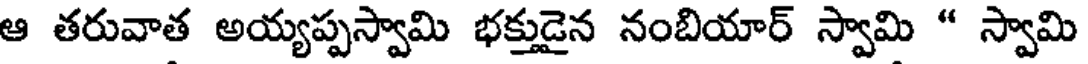
ఆ తరువాత అయ్యప్పస్వామి భక్తుడైన నంబియార్ స్వామి " స్వామి